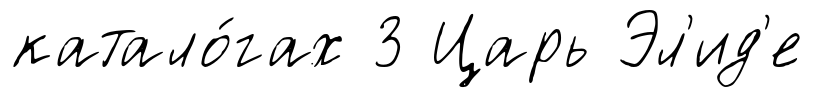
катало́гах 3 Царь Эл'ид'е